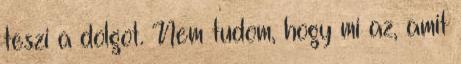
teszi a dolgot. Nem tudom, hogy mi az, amit